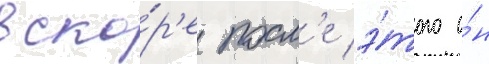
вско́р'е посл'е э́того о́н